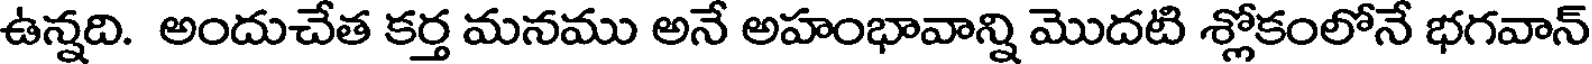
ఉన్నది. అందుచేత కర్త మనము అనే అహంభావాన్ని మొదటి శ్లోకంలోనే భగవాన్